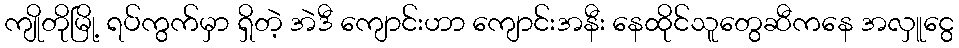
ကျိုတိုမြို့ ရပ်ကွက်မှာ ရှိတဲ့ အဲဒီ ကျောင်းဟာ ကျောင်းအနီး နေထိုင်သူတွေဆီကနေ အလှူငွေ